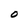
Character: O